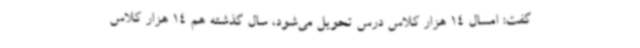
گفت: امسال 14 هزار کلاس درس تحویل می‌شود، سال گذشته هم 14 هزار کلاس